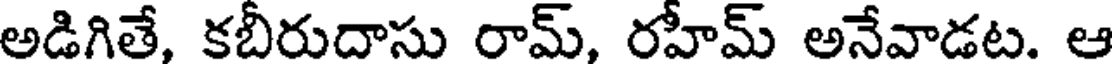
అడిగితే, కబీరుదాసు రామ్, రహీమ్ అనేవాడట. ఆ